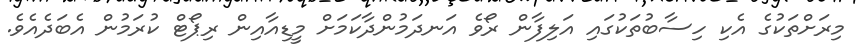
މިރަށްތަކުގެ އެކި ހިސާބުތަކުގައި އަލިފާން ރޯވެ އަނދަމުންދާކަމަށް މީޑިއާއިން ރިޕޯޓް ކުރަމުން އެބަދެއެވެ.